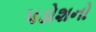
પડોશનો